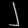
Digit: ၂